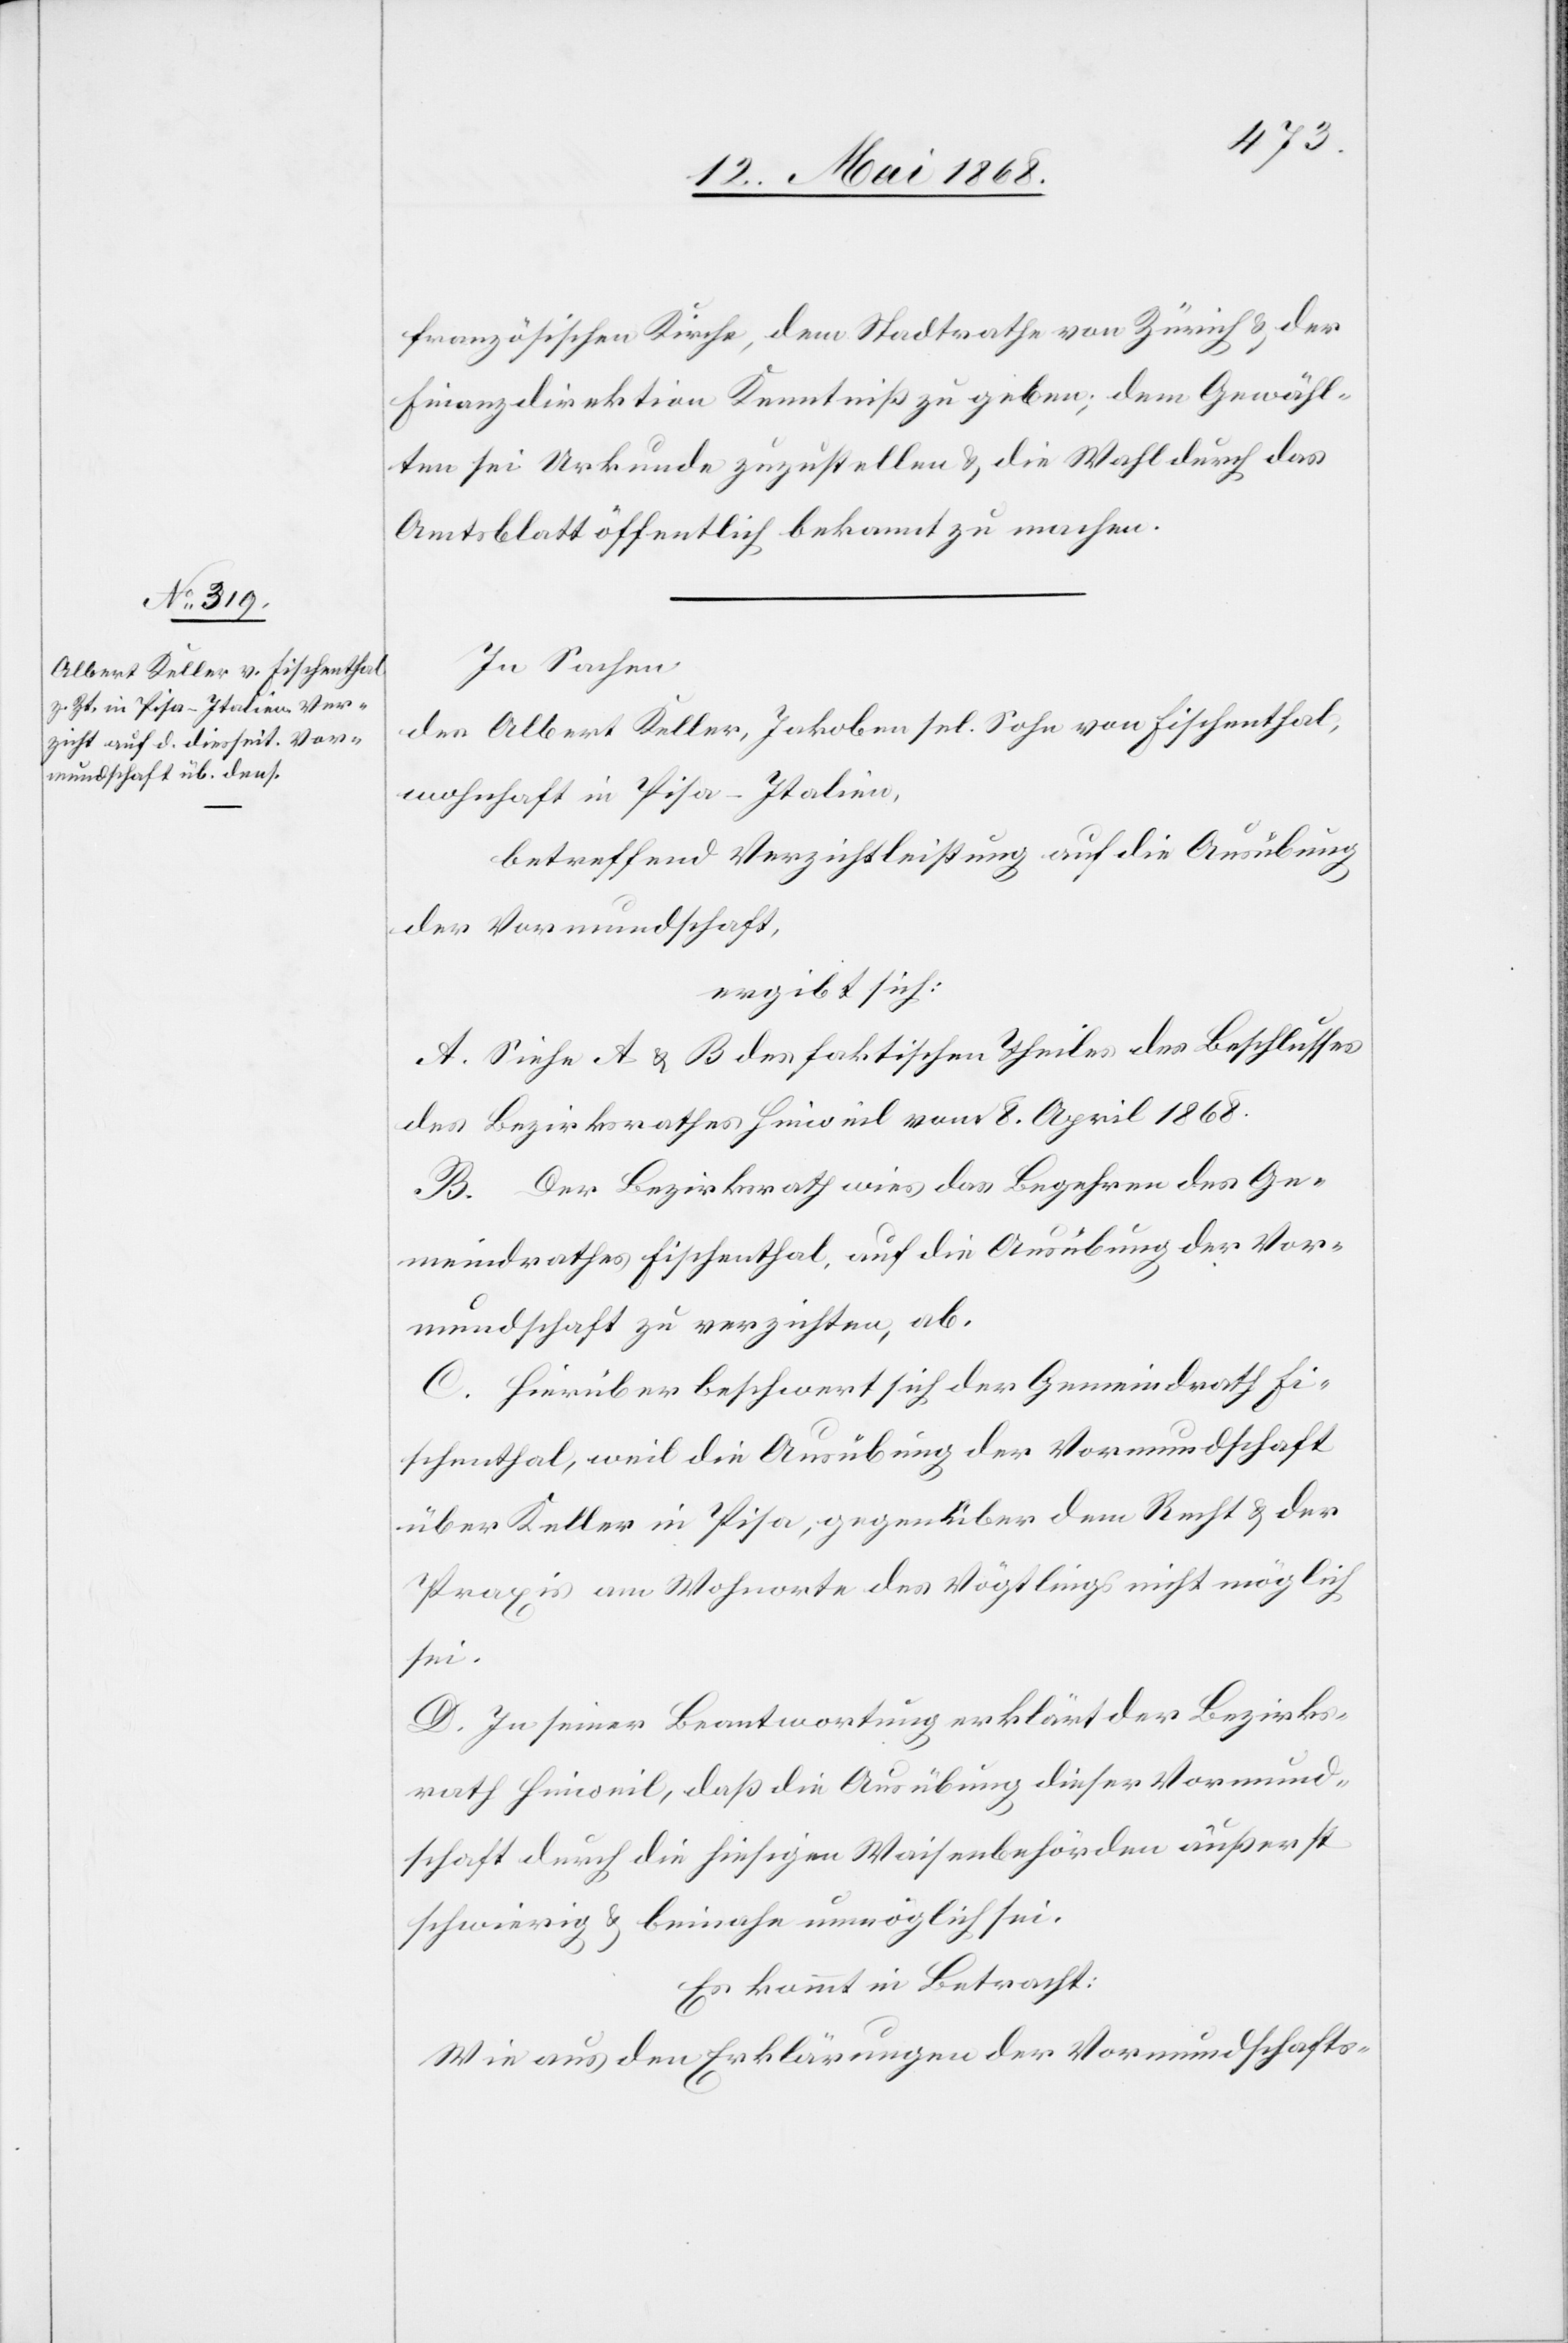
französischen Kirche, dem Stadtrathe von Zürich & der
Finanzdirektion Kenntniß zu geben; dem Gewähl¬
ten sei Urkunde zuzustellen & die Wahl durch das
Amtsblatt öffentlich bekannt zu machen.
In Sachen
des Albert Keller, Jakoben sel. Sohn von Fischenthal,
wohnhaft in Pisa-Italien,
betreffend Verzichtleistung auf die Ausübung
der Vormundschaft,
ergibt sich:
A. Siehe A & B des faktischen Theiles des Beschlusses
des Bezirksrathes Hinweil vom 8. April 1868.
B. Der Bezirksrath wies das Begehren des Ge¬
meindrathes Fischenthal, auf die Ausübung der Vor¬
mundschaft zu verzichten, ab.
C. Hierüber beschwert sich der Gemeindrath Fi¬
schenthal, weil die Ausübung der Vormundschaft
über Keller in Pisa, gegenüber dem Recht & der
Praxis am Wohnorte des Vögtlings nicht möglich
sei.
D. In seiner Beantwortung erklärt der Bezirks¬
rath Hinweil, daß die Ausübung dieser Vormund¬
schaft durch die hiesigen Waisenbehörden äußerst
schwierig & beinahe unmöglich sei.
Es kommt in Betracht:
Wie aus den Erklärungen der Vormundschafts-